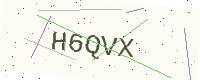
Text: H6QVX